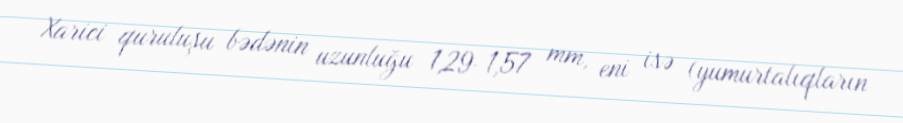
Xarici quruluşu bədənin uzunluğu 1,29-1,57 mm, eni isə (yumurtalıqların